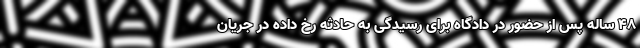
۴۸ ساله پس از حضور در دادگاه برای رسیدگی به حادثه رخ داده در جریان